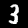
Digit: 3